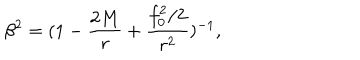
LaTeX: \beta ^ { 2 } = ( 1 - \frac { 2 M } { r } + \frac { f _ { 0 } ^ { 2 } / 2 } { r ^ { 2 } } ) ^ { - 1 } ,